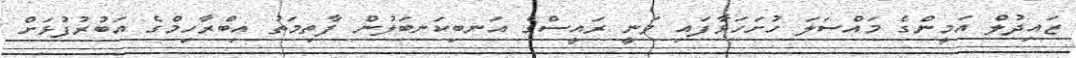
ޒައިދުލް އަމީންގެ މައްސަލަ ހުށަހަޅާފައި ވަނީ ރައީސްގެ އަނބިކަނބަލުން ފާތިމަތު އިބްރާހިމްގެ އަބުރުފުޅަށް